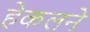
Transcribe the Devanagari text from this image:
हेकलने